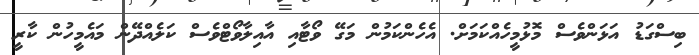
ބިސްގަޑު އަޅަންވެސް މޮޅުމީހެއްކަމަށް. އެހެންކަމުން މަގޭ ވޯޓާއި އާއިލާވޯޓްވެސް ކަލެއްދޭން މައެމީހުން ކާރީ